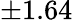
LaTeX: \pm 1.64